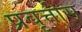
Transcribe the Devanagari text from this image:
प्रवृत्तीस